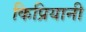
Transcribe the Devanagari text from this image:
किप्रियानी